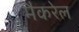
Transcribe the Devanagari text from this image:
मैकरेल